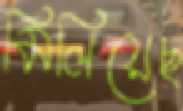
মিলিয়েছ